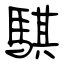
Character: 騏